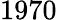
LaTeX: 1970